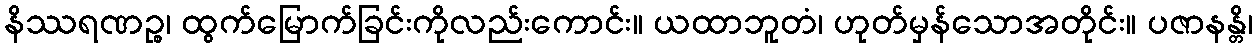
နိဿရဏဉ္စ၊ ထွက်မြောက်ခြင်းကိုလည်းကောင်း။ ယထာဘူတံ၊ ဟုတ်မှန်သောအတိုင်း။ ပဇာနန္တိ၊